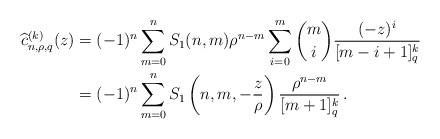
\begin{align*} \widehat c_{n,\rho,q}^{(k)}(z)&=(-1)^n\sum_{m=0}^n S_1(n,m)\rho^{n-m}\sum_{i=0}^m\binom{m}{i}\frac{(-z)^i}{[m-i+1]_q^k}\\&=(-1)^n\sum_{m=0}^n S_1\left(n,m,-\frac{z}{\rho}\right)\frac{\rho^{n-m}}{[m+1]_q^k}\,. \end{align*}